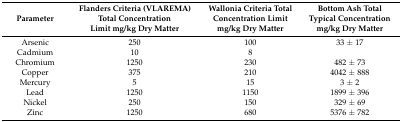
| Parameter | Flanders Criteria (VLAREMA) Total Concentration Limit mg/kg Dry Matter | Wallonia Criteria Total Concentration Limit mg/kg Dry Matter | Bottom Ash Total Typical Concentration mg/kg Dry Matter |
 | --- | --- | --- | --- |
 | Arsenic | 250 | 100 | 33 ± 17 |
 | Cadmium | 10 | 8 |  |
 | Chromium | 1250 | 230 | 482 ± 73 |
 | Copper | 375 | 210 | 4042 ± 888 |
 | Mercury | 5 | 15 | 3 ± 2 |
 | Lead | 1250 | 1150 | 1899 ± 396 |
 | Nickel | 250 | 150 | 329 ± 69 |
 | Zinc | 1250 | 680 | 5376 ± 782 |